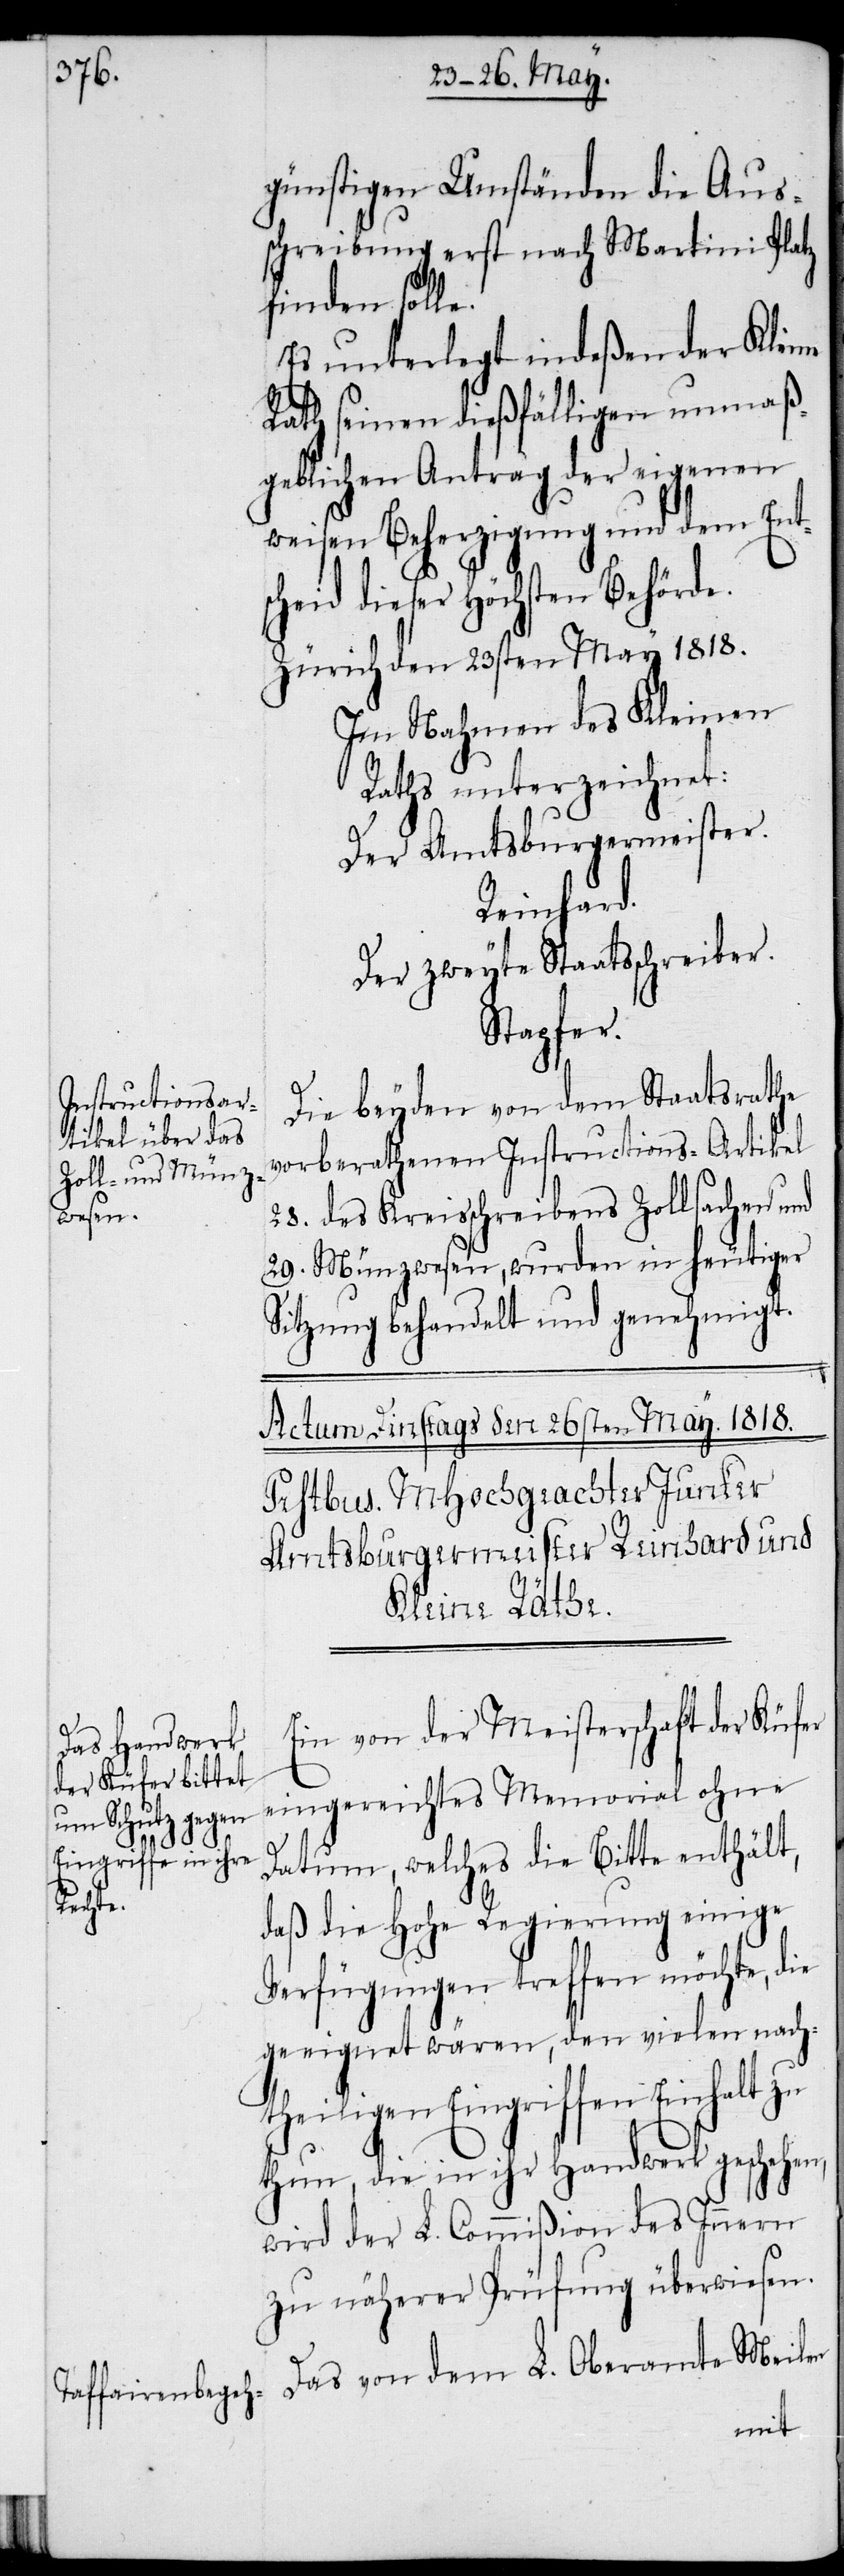
günstigen Umständen die Aus¬
schreibung erst nach Martini Platz
finden solle.
Es unterlegt indeßen der Kleine
Rath seinen dießfälligen unmaß¬
geblichen Antrag der eigenen
weisen Beherzigung und dem Ent¬
scheid dieser Höchsten Behörde.
Zürich den 23sten May 1818.
Im Nahmen des Kleinen
Raths unterzeichnet:
Der Amtsburgermeister.
Reinhard.
Der zweyte Staatsschreiber.
Stapfer.
Die beyden von dem Staatsrathe
vorberathenen Instructions-Artikel
28. des Kreisschreibens Zollsachen und
29. Münzwesen, wurden in heutiger
Sitzung behandelt und genehmigt.
Ein von der Meisterschaft der Küfer
eingereichtes Memorial ohne
Datum, welches die Bitte enthält,
daß die Hohe Regierung einige
Verfügungen treffen möchte, die
geeignet wären, den vielen nach¬
theiligen Eingriffen Einhalt zu
thun, die in ihr Handwerk geschehen,
wird der L. Commißion des Innern
zu näherer Prüfung überwiesen.
Das von dem L. Oberamte Meilen